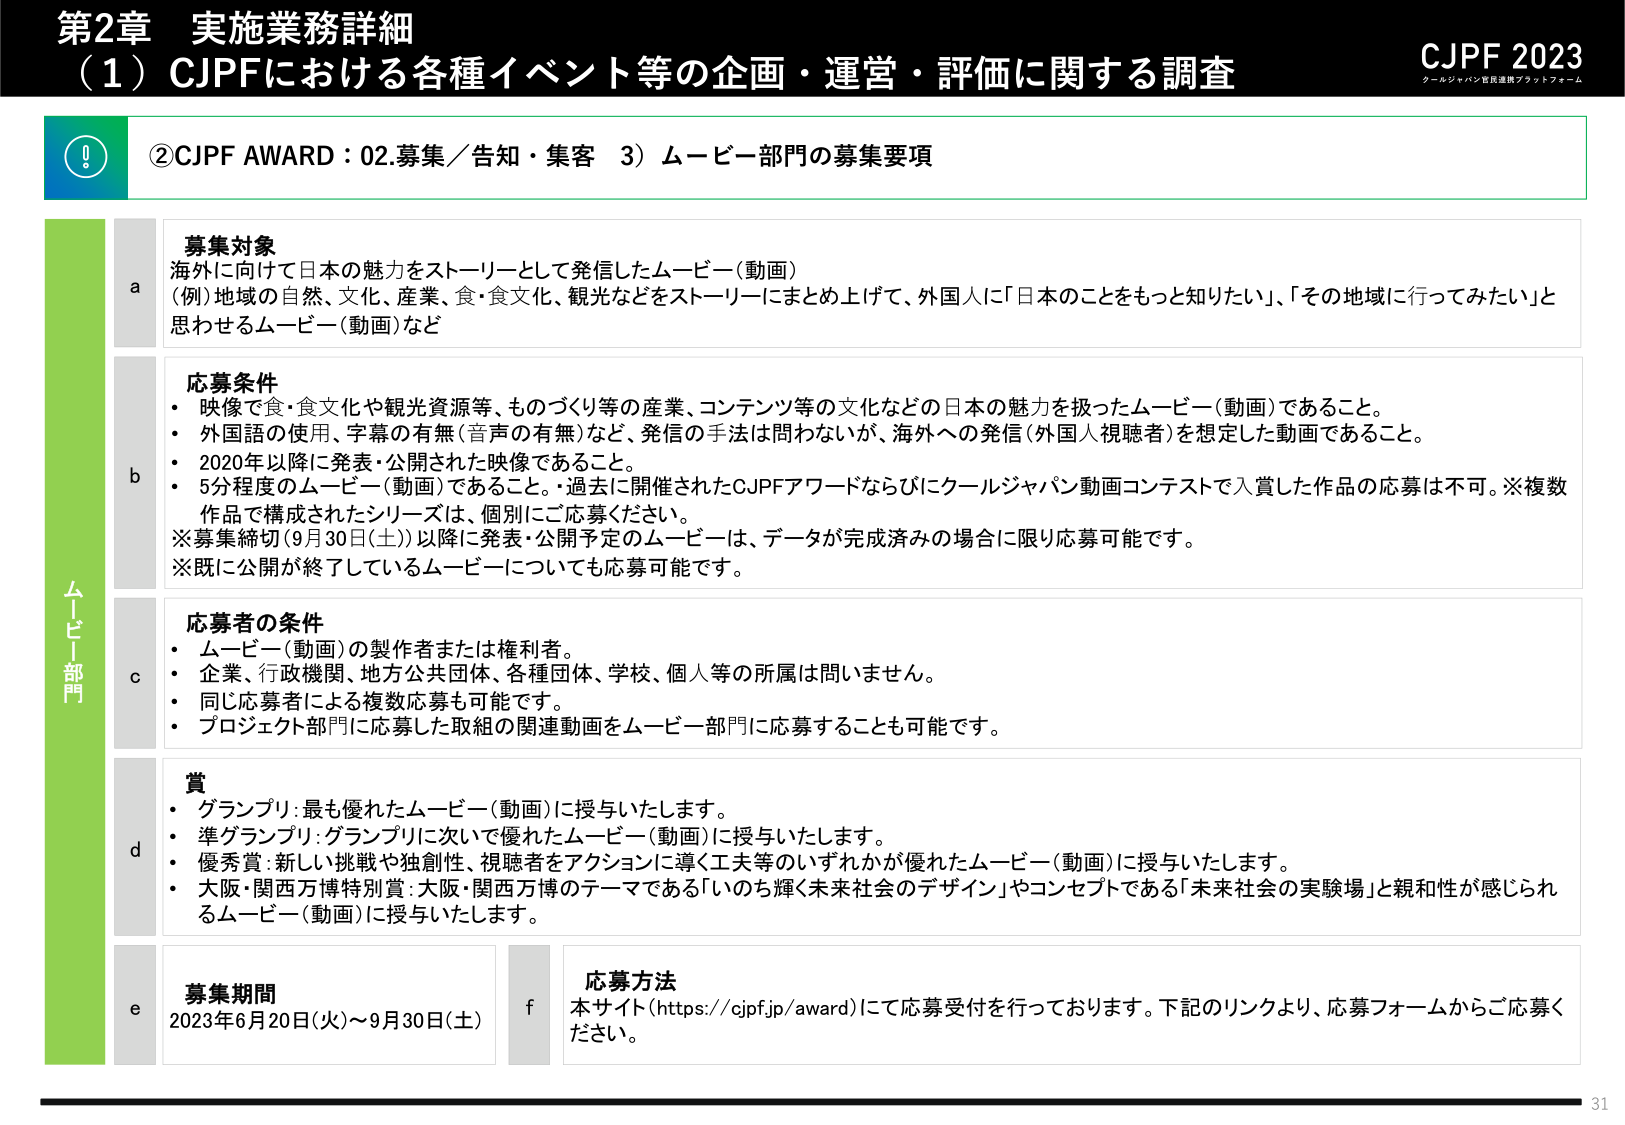
第2章 実施業務詳細
（1）CJPFにおける各種イベント等の企画・運営・評価に関する調査

CJPF 2023
クールジャパン官民連携プラットフォーム

②CJPF AWARD：02.募集／告知・集客 3）ムービー部門の募集要項

ムービー部門

a 募集対象
海外に向けて日本の魅力をストーリーとして発信したムービー（動画）
（例）地域の自然、文化、産業、食・食文化、観光などをストーリーにまとめ上げて、外国人に「日本のことをもっと知りたい」、「その地域に行ってみたい」と思わせるムービー（動画）など

b 応募条件
・ 映像で食・食文化や観光資源等、ものづくり等の産業、コンテンツ等の文化などの日本の魅力を扱ったムービー（動画）であること。
・ 外国語の使用、字幕の有無（音声の有無）など、発信の手法は問わないが、海外への発信（外国人視聴者）を想定した動画であること。
・ 2020年以降に発表・公開された映像であること。
・ 5分程度のムービー（動画）であること。過去に開催されたCJPFアワードならびにクールジャパン動画コンテストで入賞した作品の応募は不可。※複数作品で構成されたシリーズは、個別にご応募ください。
※募集締切（9月30日（土））以降に発表・公開予定のムービーは、データが完成済みの場合に限り応募可能です。
※既に公開が終了しているムービーについても応募可能です。

c 応募者の条件
・ ムービー（動画）の製作者または権利者。
・ 企業、行政機関、地方公共団体、各種団体、学校、個人等の所属は問いません。
・ 同じ応募者による複数応募も可能です。
・ プロジェクト部門に応募した取組の関連動画をムービー部門に応募することも可能です。

d 賞
・ グランプリ：最も優れたムービー（動画）に授与いたします。
・ 準グランプリ：グランプリに次いで優れたムービー（動画）に授与いたします。
・ 優秀賞：新しい挑戦や独創性、視聴者をアクションに導く工夫等のいずれかが優れたムービー（動画）に授与いたします。
・ 大阪・関西万博特別賞：大阪・関西万博のテーマである「いのち輝く未来社会のデザイン」やコンセプトである「未来社会の実験場」と親和性が感じられるムービー（動画）に授与いたします。

e 募集期間
2023年6月20日（火）～9月30日（土）

f 応募方法
本サイト（https://cjpf.jp/award）にて応募受付を行っております。下記のリンクより、応募フォームからご応募ください。

31